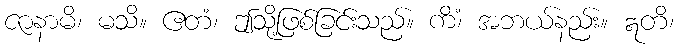
ဇာနာမိ၊ မသိ။ ဧတံ၊ ဤသို့ဖြစ်ခြင်းသည်။ ကိံ၊ အဘယ်နည်း။ ဣတိ၊